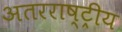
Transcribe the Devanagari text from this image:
अतरराष्ट्रीय